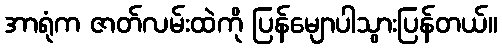
အာရုံက ဇာတ်လမ်းထဲကို ပြန်မျောပါသွားပြန်တယ်။